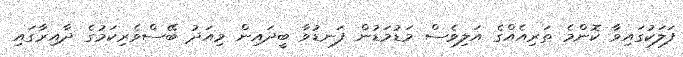
ފަލަކުގައިވާ ކޮންމެ ތަރިއެއްގެ އަލިވެސް މަޑުމަޑުން ފަނޑުވާ ބީދައިން މިއަދު ބޭސްވެރިކަމުގެ ދާއިރާގައި